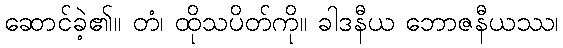
ဆောင်ခဲ့၏။ တံ၊ ထိုသပိတ်ကို။ ခါဒနီယ ဘောဇနီယဿ၊